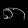
Digit: ၈